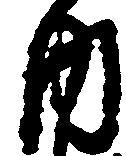
内